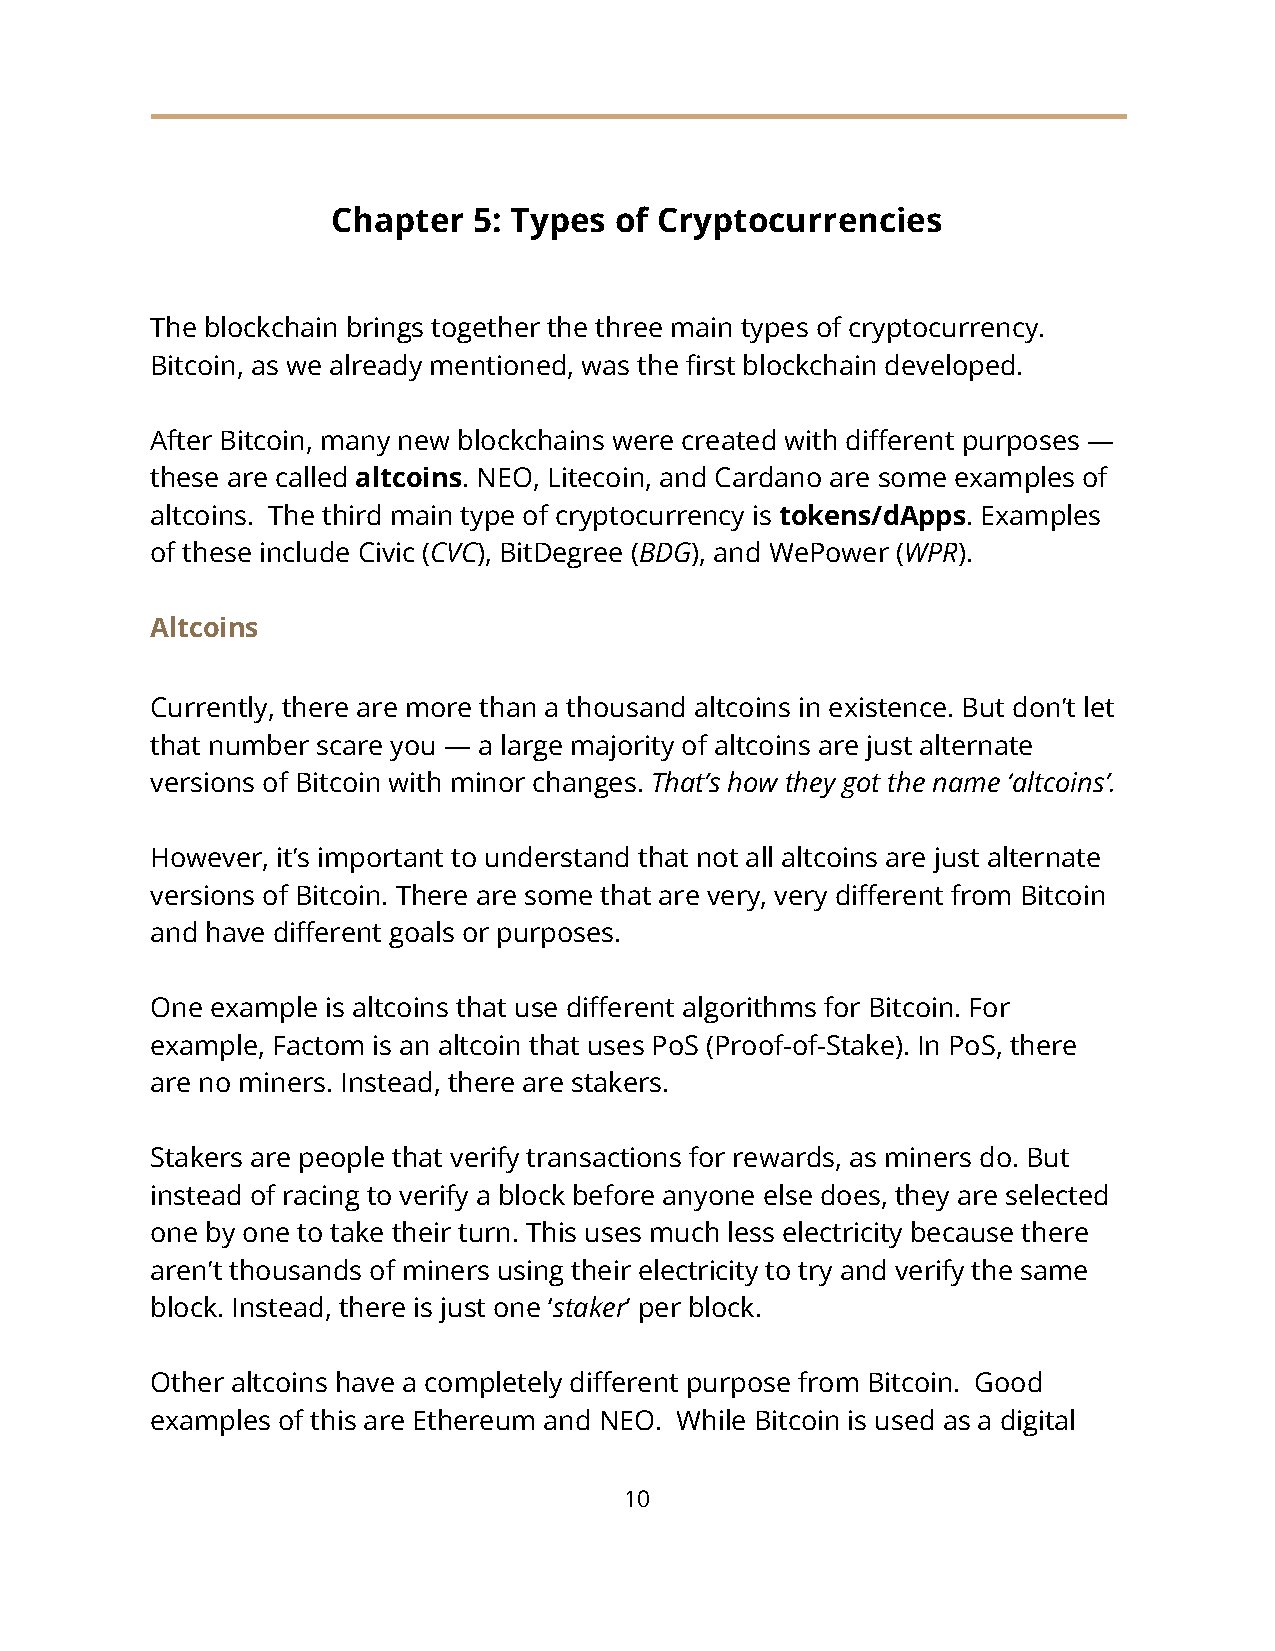
Chapter  5: Types  of Cryptocurrencies
 The blockchain brings together the three main types of cryptocurrency.
 Bitcoin, as we already mentioned, was the first blockchain developed.
 After Bitcoin, many new blockchains were created with different purposes —
 these are called altcoins. NEO, Litecoin, and Cardano are some examples of
 altcoins. The third main type of cryptocurrency is tokens/dApps. Examples
 of these include Civic (CVC), BitDegree (BDG), and WePower (WPR).
 Altcoins
 Currently, there are more than a thousand altcoins in existence. But don’t let
 that number scare you — a large majority of altcoins are just alternate
 versions of Bitcoin with minor changes. That’s how they got the name ‘altcoins’.
 However, it’s important to understand that not all altcoins are just alternate
 versions of Bitcoin. There are some that are very, very different from Bitcoin
 and have different goals or purposes.
 One example is altcoins that use different algorithms for Bitcoin. For
 example, Factom is an altcoin that uses PoS (Proof-of-Stake). In PoS, there
 are no miners. Instead, there are stakers.
 Stakers are people that verify transactions for rewards, as miners do. But
 instead of racing to verify a block before anyone else does, they are selected
 one by one to take their turn. This uses much less electricity because there
 aren’t thousands of miners using their electricity to try and verify the same
 block. Instead, there is just one ‘staker’ per block.
 Other altcoins have a completely different purpose from Bitcoin. Good
 examples of this are Ethereum and NEO. While Bitcoin is used as a digital
 10